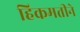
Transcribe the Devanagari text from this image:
हिकमतीने